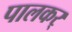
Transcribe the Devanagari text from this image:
पालकर्